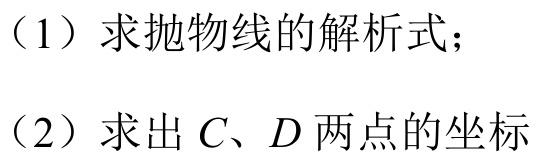
（1）求抛物线的解析式；
（2）求出 \(C、D\) 两点的坐标